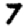
Digit: 7